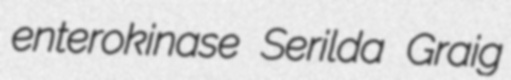
enterokinase Serilda Graig